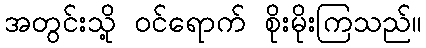
အတွင်းသို့ ဝင်ရောက် စိုးမိုးကြသည်။